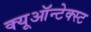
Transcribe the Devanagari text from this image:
क्यूऑन्टेक्स्ट